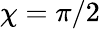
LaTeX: \chi=\pi/2